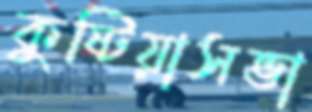
কুষ্টিয়াসভা